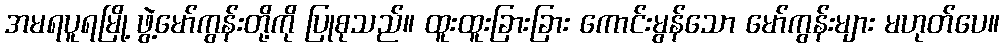
အမရပူရမြို့ ဖွဲ့မော်ကွန်းတို့ကို ပြုစုသည်။ ထူးထူးခြားခြား ကောင်းမွန်သော မော်ကွန်းများ မဟုတ်ပေ။